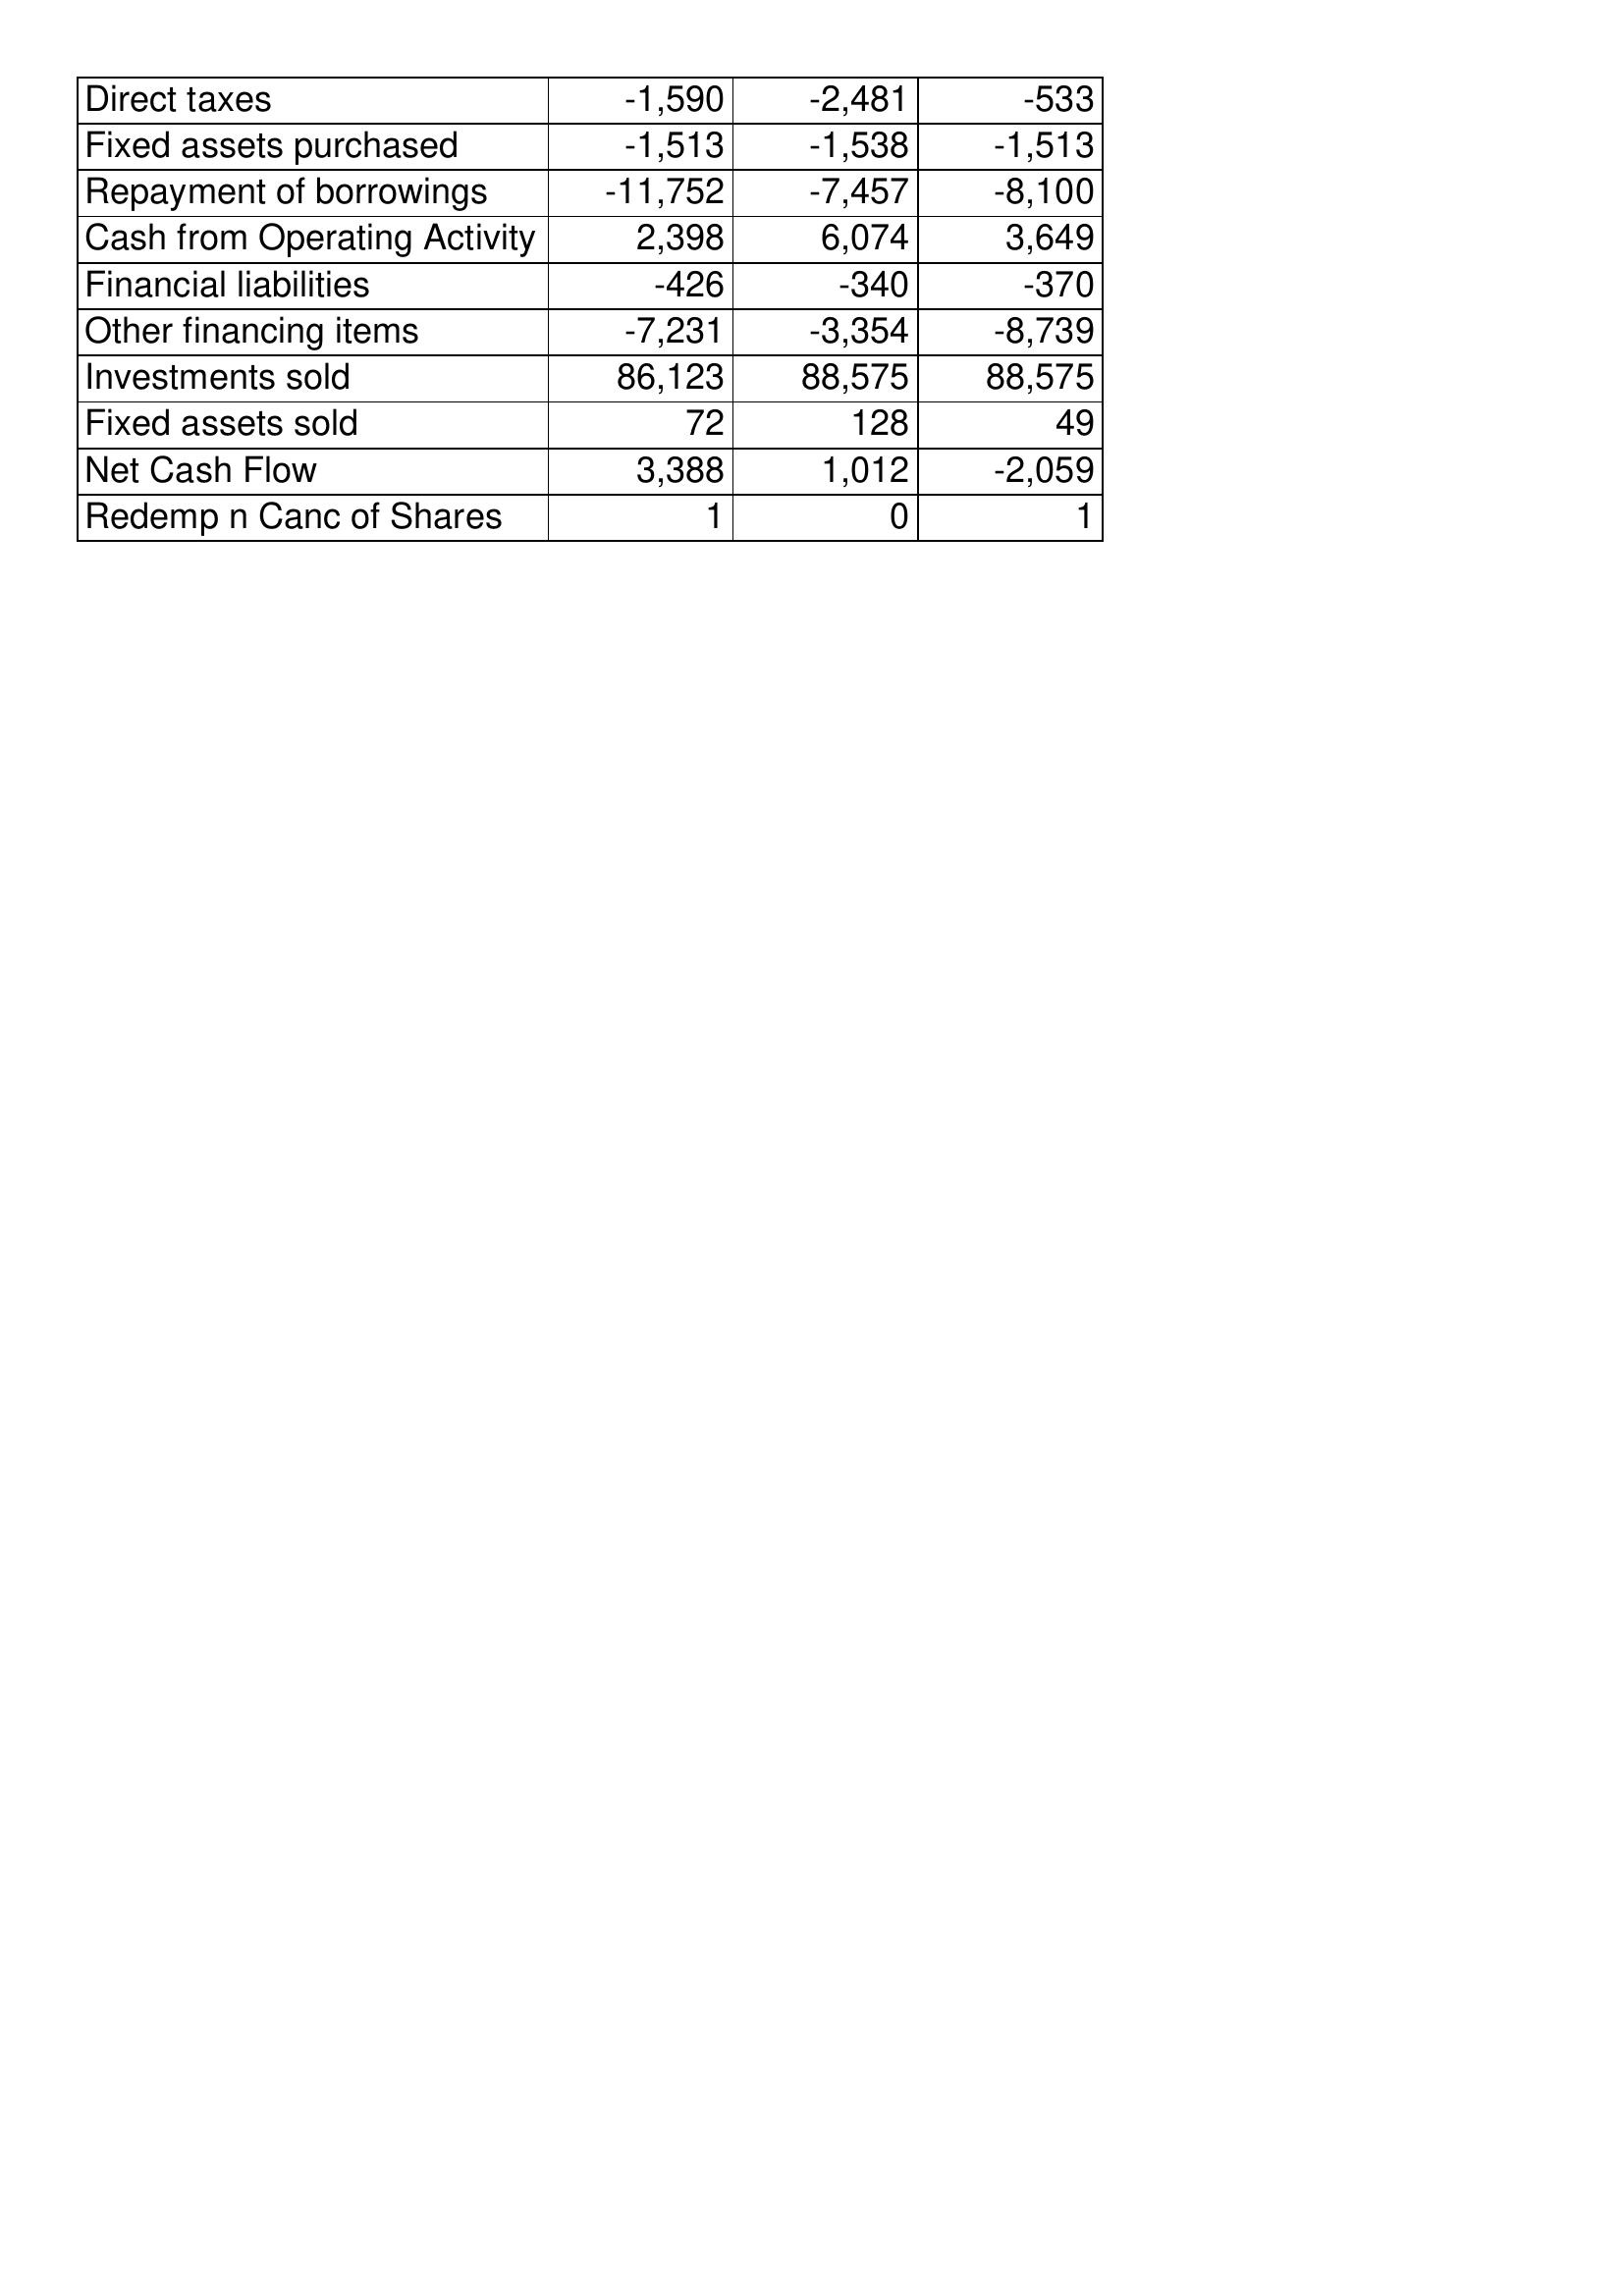
Dec-17: Cash Flows: Direct taxes: -1,590
Fixed assets purchased: -1,513
Repayment of borrowings: -11,752
Cash from Operating Activity: 2,398
Financial liabilities: -426
Other financing items: -7,231
Investments sold: 86,123
Fixed assets sold: 72
Net Cash Flow: 3,388
Redemp n Canc of Shares: 1
Dec-16: Cash Flows: Direct taxes: -2,481
Fixed assets purchased: -1,538
Repayment of borrowings: -7,457
Cash from Operating Activity: 6,074
Financial liabilities: -340
Other financing items: -3,354
Investments sold: 88,575
Fixed assets sold: 128
Net Cash Flow: 1,012
Redemp n Canc of Shares: 0
Dec-15: Cash Flows: Direct taxes: -533
Fixed assets purchased: -1,513
Repayment of borrowings: -8,100
Cash from Operating Activity: 3,649
Financial liabilities: -370
Other financing items: -8,739
Investments sold: 88,575
Fixed assets sold: 49
Net Cash Flow: -2,059
Redemp n Canc of Shares: 1